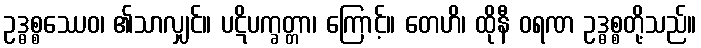
ဥဒ္ဓစ္စဿေဝ၊ ၏သာလျှင်။ ပဋိပက္ခတ္တာ၊ ကြောင့်။ တေဟိ၊ ထိုနီ ဝရဏ ဥဒ္ဓစ္စတို့သည်။